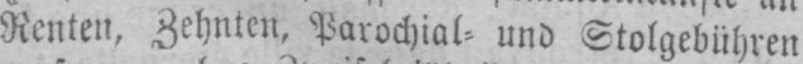
Renten, Zehnten, Parochial⸗ und Stolgebühren